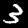
Label: 3